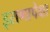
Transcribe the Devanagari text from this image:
इराणापेक्षा